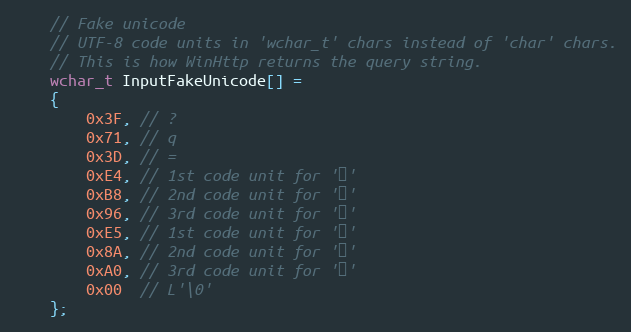
Language: C++
    // Fake unicode
    // UTF-8 code units in 'wchar_t' chars instead of 'char' chars.
    // This is how WinHttp returns the query string.
    wchar_t InputFakeUnicode[] =
    {
        0x3F, // ?
        0x71, // q
        0x3D, // =
        0xE4, // 1st code unit for '世'
        0xB8, // 2nd code unit for '世'
        0x96, // 3rd code unit for '世'
        0xE5, // 1st code unit for '加'
        0x8A, // 2nd code unit for '加'
        0xA0, // 3rd code unit for '加'
        0x00  // L'\0'
    };